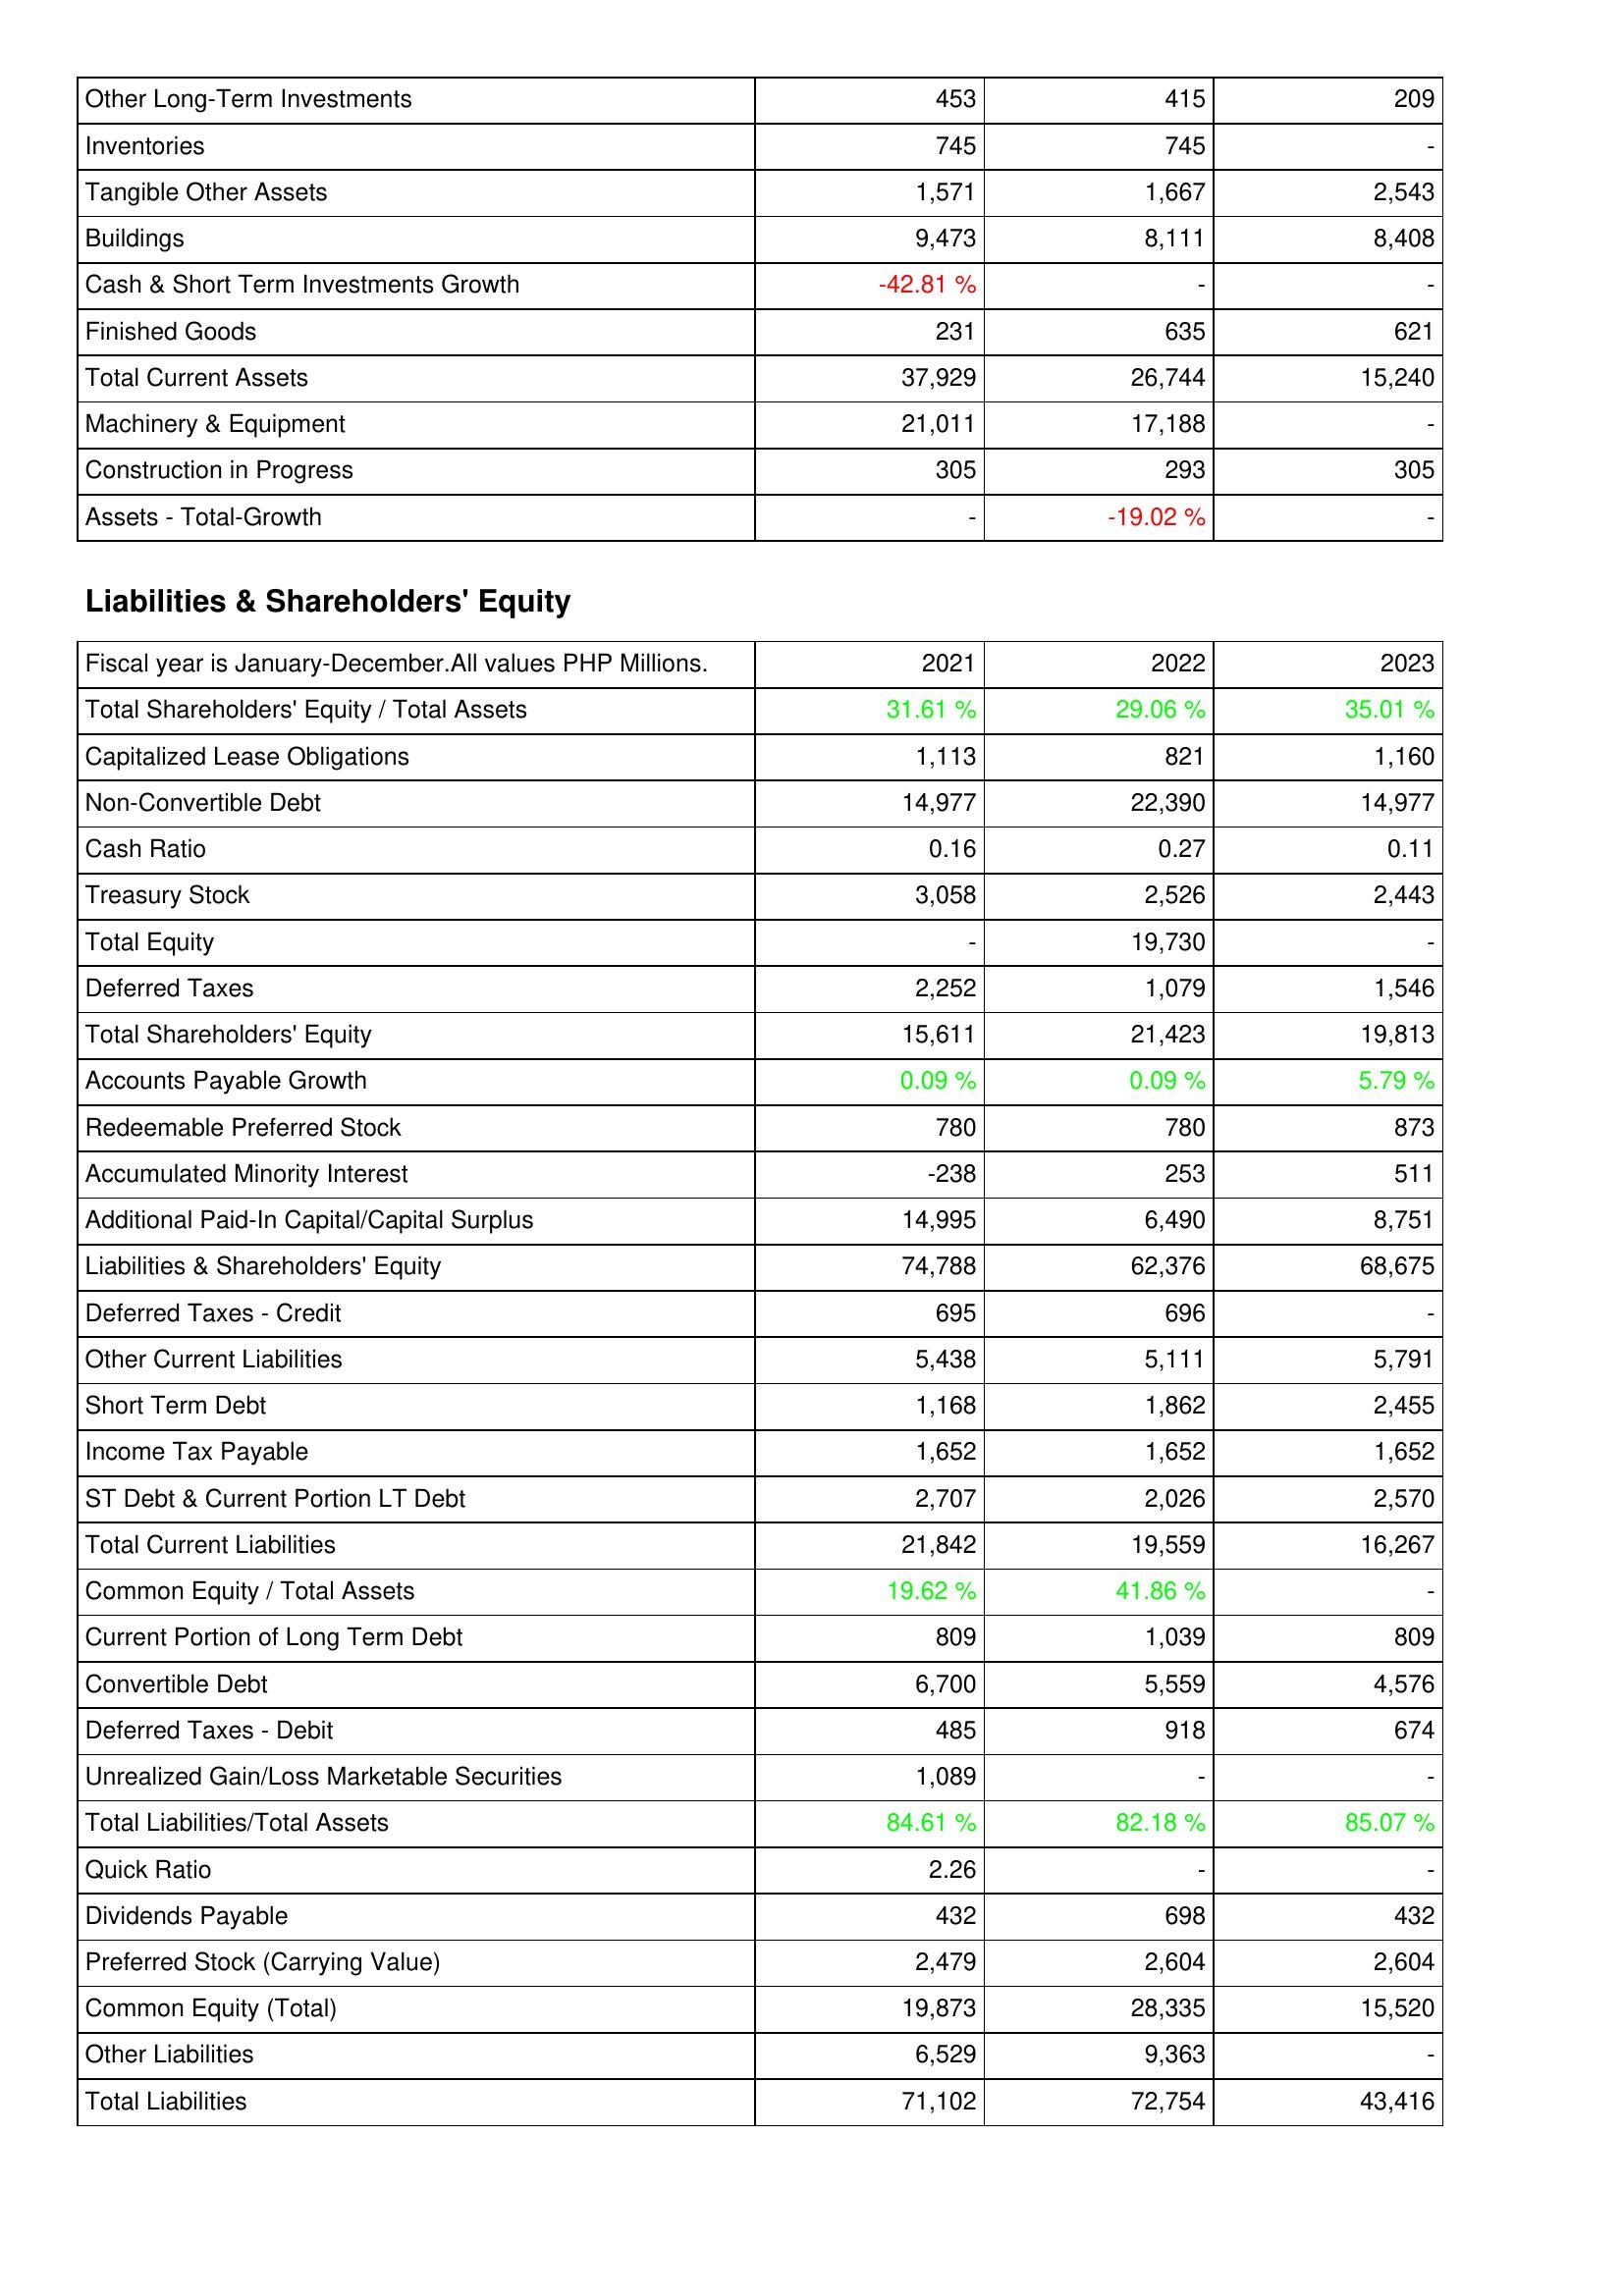
2021: Assets: Other Long-Term Investments: 453
Inventories: 745
Tangible Other Assets: 1,571
Buildings: 9,473
Cash & Short Term Investments Growth: -42.81 %
Finished Goods: 231
Total Current Assets: 37,929
Machinery & Equipment: 21,011
Construction in Progress: 305
Assets - Total-Growth: -
Liabilities & Shareholders' Equity: Total Shareholders' Equity / Total Assets: 31.61 %
Capitalized Lease Obligations: 1,113
Non-Convertible Debt: 14,977
Cash Ratio: 0.16
Treasury Stock: 3,058
Total Equity: -
Deferred Taxes: 2,252
Total Shareholders' Equity: 15,611
Accounts Payable Growth: 0.09 %
Redeemable Preferred Stock: 780
Accumulated Minority Interest: -238
Additional Paid-In Capital/Capital Surplus: 14,995
Liabilities & Shareholders' Equity: 74,788
Deferred Taxes - Credit: 695
Other Current Liabilities: 5,438
Short Term Debt: 1,168
Income Tax Payable: 1,652
ST Debt & Current Portion LT Debt: 2,707
Total Current Liabilities: 21,842
Common Equity / Total Assets: 19.62 %
Current Portion of Long Term Debt: 809
Convertible Debt: 6,700
Deferred Taxes - Debit: 485
Unrealized Gain/Loss Marketable Securities: 1,089
Total Liabilities/Total Assets: 84.61 %
Quick Ratio: 2.26
Dividends Payable: 432
Preferred Stock (Carrying Value): 2,479
Common Equity (Total): 19,873
Other Liabilities: 6,529
Total Liabilities: 71,102
2022: Assets: Other Long-Term Investments: 415
Inventories: 745
Tangible Other Assets: 1,667
Buildings: 8,111
Cash & Short Term Investments Growth: -
Finished Goods: 635
Total Current Assets: 26,744
Machinery & Equipment: 17,188
Construction in Progress: 293
Assets - Total-Growth: -19.02 %
Liabilities & Shareholders' Equity: Total Shareholders' Equity / Total Assets: 29.06 %
Capitalized Lease Obligations: 821
Non-Convertible Debt: 22,390
Cash Ratio: 0.27
Treasury Stock: 2,526
Total Equity: 19,730
Deferred Taxes: 1,079
Total Shareholders' Equity: 21,423
Accounts Payable Growth: 0.09 %
Redeemable Preferred Stock: 780
Accumulated Minority Interest: 253
Additional Paid-In Capital/Capital Surplus: 6,490
Liabilities & Shareholders' Equity: 62,376
Deferred Taxes - Credit: 696
Other Current Liabilities: 5,111
Short Term Debt: 1,862
Income Tax Payable: 1,652
ST Debt & Current Portion LT Debt: 2,026
Total Current Liabilities: 19,559
Common Equity / Total Assets: 41.86 %
Current Portion of Long Term Debt: 1,039
Convertible Debt: 5,559
Deferred Taxes - Debit: 918
Unrealized Gain/Loss Marketable Securities: -
Total Liabilities/Total Assets: 82.18 %
Quick Ratio: -
Dividends Payable: 698
Preferred Stock (Carrying Value): 2,604
Common Equity (Total): 28,335
Other Liabilities: 9,363
Total Liabilities: 72,754
2023: Assets: Other Long-Term Investments: 209
Inventories: -
Tangible Other Assets: 2,543
Buildings: 8,408
Cash & Short Term Investments Growth: -
Finished Goods: 621
Total Current Assets: 15,240
Machinery & Equipment: -
Construction in Progress: 305
Assets - Total-Growth: -
Liabilities & Shareholders' Equity: Total Shareholders' Equity / Total Assets: 35.01 %
Capitalized Lease Obligations: 1,160
Non-Convertible Debt: 14,977
Cash Ratio: 0.11
Treasury Stock: 2,443
Total Equity: -
Deferred Taxes: 1,546
Total Shareholders' Equity: 19,813
Accounts Payable Growth: 5.79 %
Redeemable Preferred Stock: 873
Accumulated Minority Interest: 511
Additional Paid-In Capital/Capital Surplus: 8,751
Liabilities & Shareholders' Equity: 68,675
Deferred Taxes - Credit: -
Other Current Liabilities: 5,791
Short Term Debt: 2,455
Income Tax Payable: 1,652
ST Debt & Current Portion LT Debt: 2,570
Total Current Liabilities: 16,267
Common Equity / Total Assets: -
Current Portion of Long Term Debt: 809
Convertible Debt: 4,576
Deferred Taxes - Debit: 674
Unrealized Gain/Loss Marketable Securities: -
Total Liabilities/Total Assets: 85.07 %
Quick Ratio: -
Dividends Payable: 432
Preferred Stock (Carrying Value): 2,604
Common Equity (Total): 15,520
Other Liabilities: -
Total Liabilities: 43,416